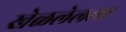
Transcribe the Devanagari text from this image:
खेळलेलला